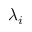
\lambda _ { i }